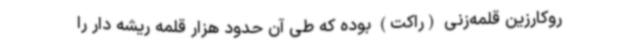
روکارزین قلمه‌زنی (راکت) بوده که طی آن حدود هزار قلمه ریشه دار را